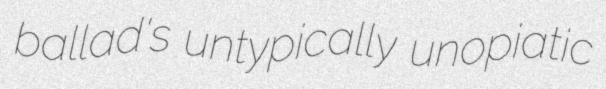
ballad's untypically unopiatic